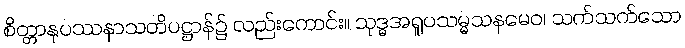
စိတ္တာနုပဿနာသတိပဋ္ဌာန်၌ လည်းကောင်း။ သုဒ္ဓအရူပသမ္မသနမေဝ၊ သက်သက်သော